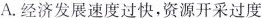
A. 经济发展速度过快，资源开采过度